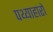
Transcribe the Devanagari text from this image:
पथ्याहारों